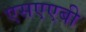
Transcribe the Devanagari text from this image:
एसएएबी